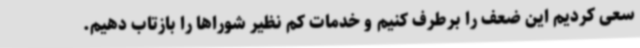
سعی کردیم این ضعف را برطرف کنیم و خدمات کم نظیر شوراها را بازتاب دهیم.